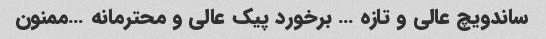
ساندویچ عالی و تازه … برخورد پیک عالی و محترمانه …ممنون